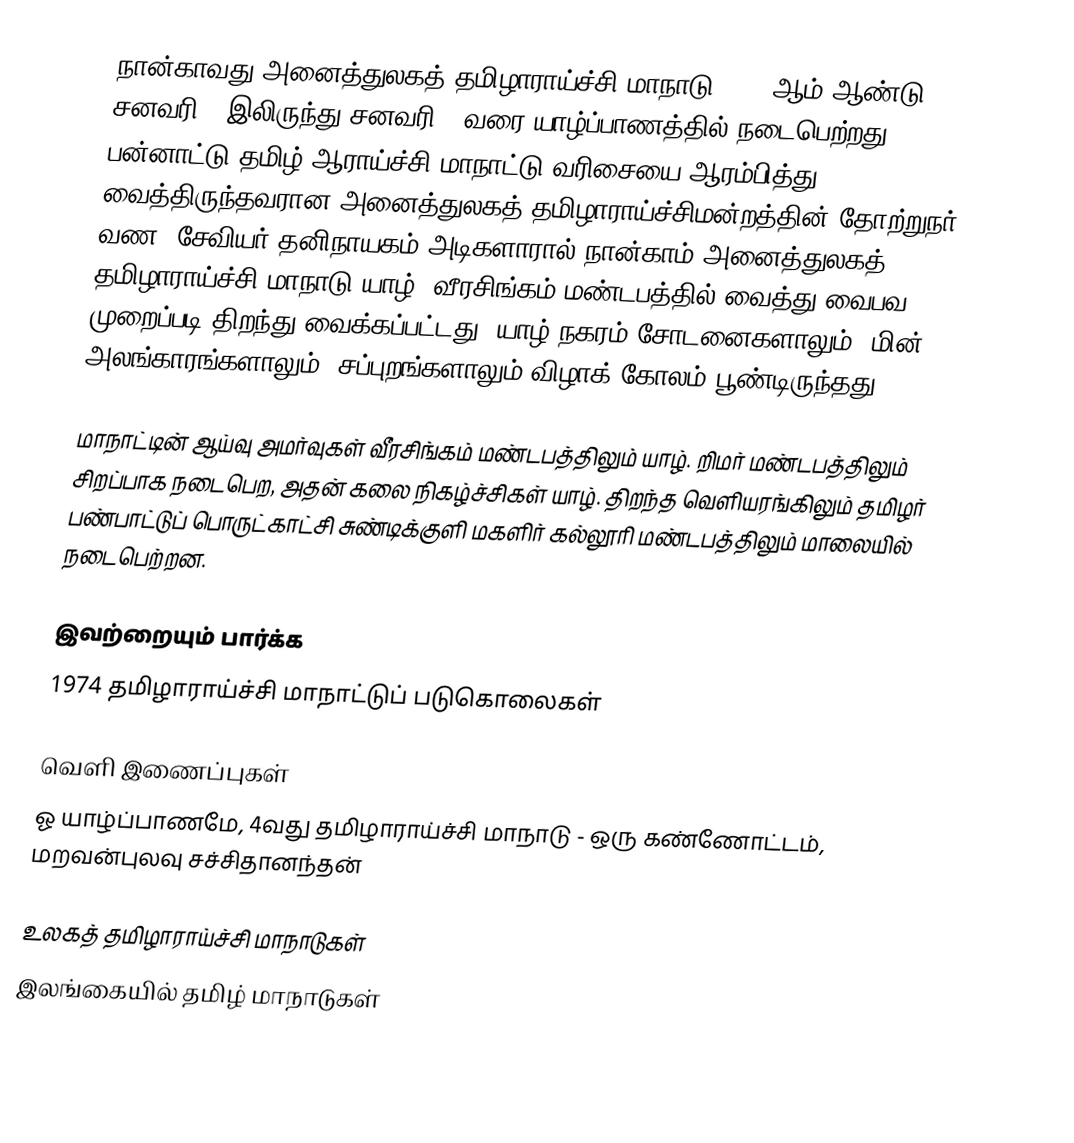
நான்காவது அனைத்துலகத் தமிழாராய்ச்சி மாநாடு 1974 ஆம் ஆண்டு சனவரி 3 இலிருந்து சனவரி 9 வரை யாழ்ப்பாணத்தில் நடைபெற்றது. பன்னாட்டு தமிழ் ஆராய்ச்சி மாநாட்டு வரிசையை ஆரம்பித்து வைத்திருந்தவரான அனைத்துலகத் தமிழாராய்ச்சிமன்றத்தின் தோற்றுநர் வண. சேவியர் தனிநாயகம் அடிகளாரால் நான்காம் அனைத்துலகத் தமிழாராய்ச்சி மாநாடு யாழ். வீரசிங்கம் மண்டபத்தில் வைத்து வைபவ முறைப்படி திறந்து வைக்கப்பட்டது. யாழ் நகரம் சோடனைகளாலும், மின் அலங்காரங்களாலும், சப்புறங்களாலும் விழாக் கோலம் பூண்டிருந்தது.

மாநாட்டின் ஆய்வு அமர்வுகள் வீரசிங்கம் மண்டபத்திலும் யாழ். றிமர் மண்டபத்திலும் சிறப்பாக நடைபெற, அதன் கலை நிகழ்ச்சிகள் யாழ். திறந்த வெளியரங்கிலும் தமிழர் பண்பாட்டுப் பொருட்காட்சி சுண்டிக்குளி மகளிர் கல்லூரி மண்டபத்திலும் மாலையில் நடைபெற்றன.

இவற்றையும் பார்க்க
1974 தமிழாராய்ச்சி மாநாட்டுப் படுகொலைகள்

வெளி இணைப்புகள்
ஓ யாழ்ப்பாணமே, 4வது தமிழாராய்ச்சி மாநாடு - ஒரு கண்ணோட்டம், மறவன்புலவு சச்சிதானந்தன்

உலகத் தமிழாராய்ச்சி மாநாடுகள்
இலங்கையில் தமிழ் மாநாடுகள்